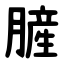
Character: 䐮